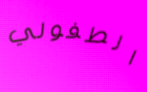
الطفولي